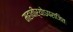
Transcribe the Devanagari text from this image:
महावीर्योऽपराजितः